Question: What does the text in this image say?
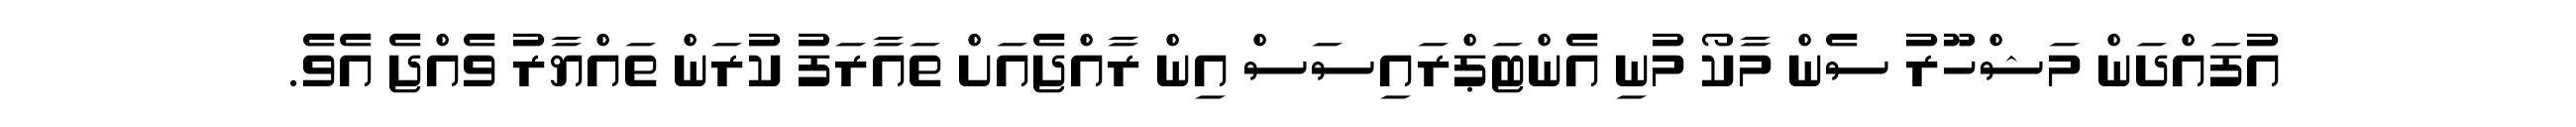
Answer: އުފައްދަން މަޝްހޫރު ސެން މާކޯ މުނި އެންޓަޕްރައިސަސް އިން ރާއްޖެއަށް ތައާރަފު ކުރަން ތައްޔާރު ވެއްޖެ އެވެ.